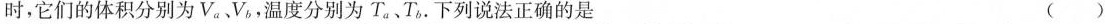
时，它们的体积分别为V_{a}、V_{b}，温度分别为T_{a}、T_{b}. 下列说法正确的是（）